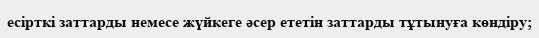
есірткі заттарды немесе жүйкеге әсер ететін заттарды тұтынуға көндіру;